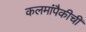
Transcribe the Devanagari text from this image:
कलमांपैकीची